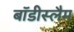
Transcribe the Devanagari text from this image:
बॉडीस्लैम